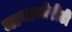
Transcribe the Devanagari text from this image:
मायानोरीटी